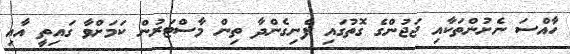
ހާއްސަ ނެށުންތަކާއި ޖަޖުންގެ ގޮތުގައި ފެނިގެންދާ ތިން މާސްޓަރުން ކަމަށްވާ ގައިތީ އާއި